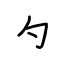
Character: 勺